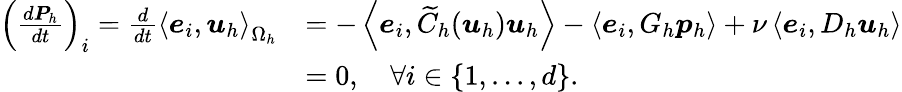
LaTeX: \begin{array}{rl}{\left(\frac{d\boldsymbol{P}_{h}}{dt}\right)_{i}=\frac{d}{dt}\left<\boldsymbol{e}_{i},\boldsymbol{u}_{h}\right>_{\Omega_{h}}}&{=-\left<\boldsymbol{e}_{i},\widetilde{C}_{h}(\boldsymbol{u}_{h})\boldsymbol{u}_{h}\right>-\left<\boldsymbol{e}_{i},G_{h}\boldsymbol{p}_{h}\right>+\nu\left<\boldsymbol{e}_{i},D_{h}\boldsymbol{u}_{h}\right>}\\ &{=0,\quad\forall i\in\{ 1,...,d\} .}\end{array}